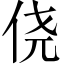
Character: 侥